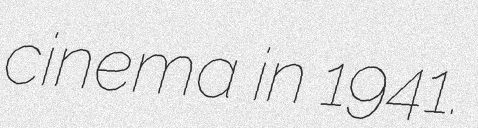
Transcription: cinema in 1941.